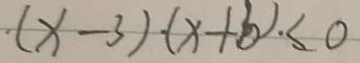
( x - 3 ) \cdot ( x + b ) \cdot \leq 0